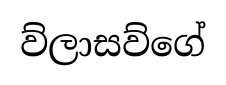
ව්ලාසව්ගේ